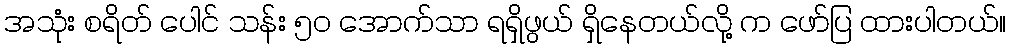
အသုံး စရိတ် ပေါင် သန်း ၅၀ အောက်သာ ရရှိဖွယ် ရှိနေတယ်လို့ က ဖော်ပြ ထားပါတယ်။